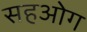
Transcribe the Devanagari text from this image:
सहओग